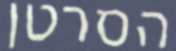
הסרטן